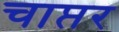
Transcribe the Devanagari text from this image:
चाप्तर